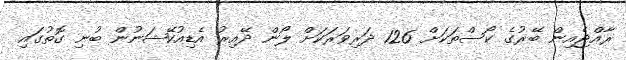
ރާއްޖެއިން ބޭރުގެ ކޯސްތަކަށް 126 ދަރިވަރަކަށް ލޯން ދޭއިރު އެޑިއުކޭޝަނުން ބުނި ގޮތުގައި